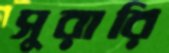
সুরারি